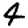
Digit: 4